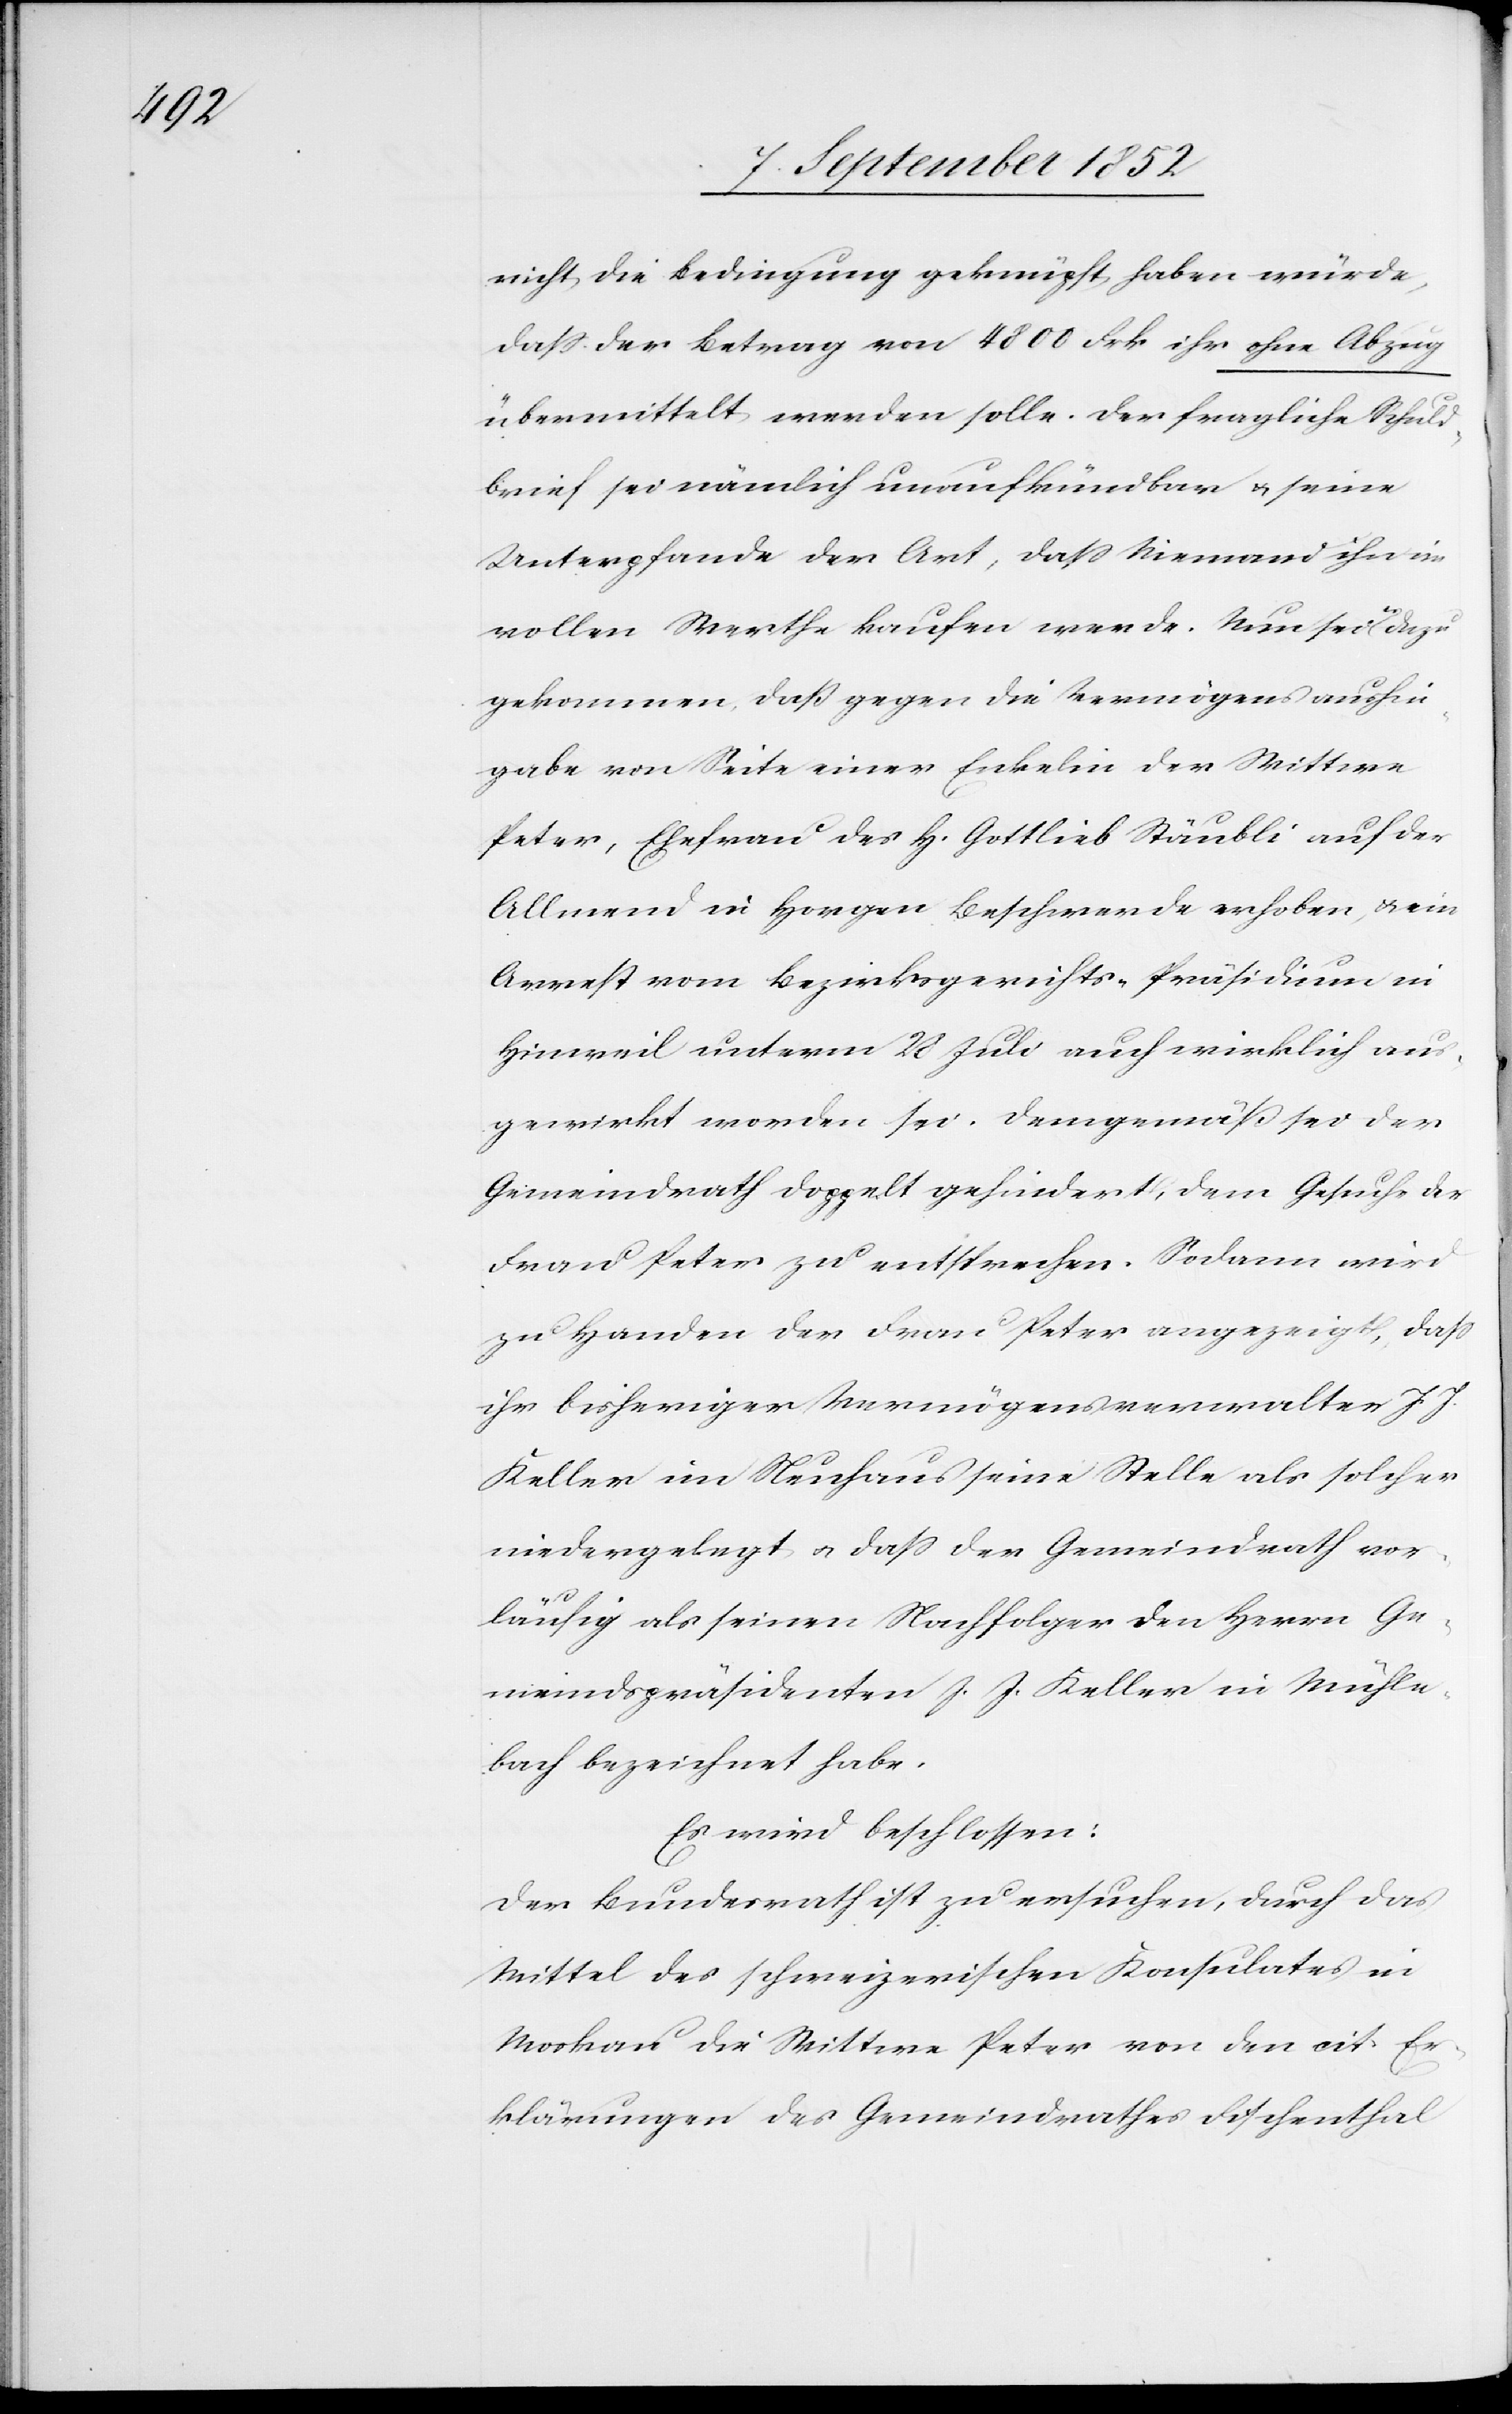
nicht die Bedingung geknüpft haben würde,
dass der Betrag von 4800 Frk ihr ohne Abzug
übermittelt werden solle. Der fragliche Schuld¬
brief sei nämlich unaufkündbar & seine
Unterpfande der Art, dass Niemand ihn im
vollen Werthe kaufen werde. Nun sei es dazu
gekommen, daß gegen die Vermögensaushin¬
gabe von Seite einer Enkelin der Wittwe
Peter, Ehefrau des H. Gottlieb Stäubli auf der
Allmend in Horgen Beschwerde erhoben, & ein
Arrest vom Bezirksgerichts-Präsidium in
Hinweil unterm 28 Juli auch wirklich aus¬
gewirkt worden sei. Demgemäß sei der
Gemeindrath doppelt gehindert, dem Gesuche der
Frau Peter zu entsprechen. Sodann wird
zu Handen der Frau Peter angezeigt, dass
ihr bisheriger Vermögensverwalter J. J.
Keller im Neuhaus seine Stelle als solcher
niedergelegt & dass der Gemeindrath vor¬
läufig als seinen Nachfolger den Herrn Ge¬
meindspräsidenten J. J. Keller in Mühle¬
bach bezeichnet habe.
Es wird beschlossen:
Der Bundesrath ist zu ersuchen, durch das
Mittel des schweizerischen Konsulates in
Moskau die Wittwe Peter von den cit. Er¬
klärungen des Gemeindrathes Fischenthal